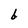
Character: b